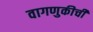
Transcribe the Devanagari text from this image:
वागणुकीची